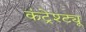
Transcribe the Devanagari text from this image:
कंट्रेश्ट्यू